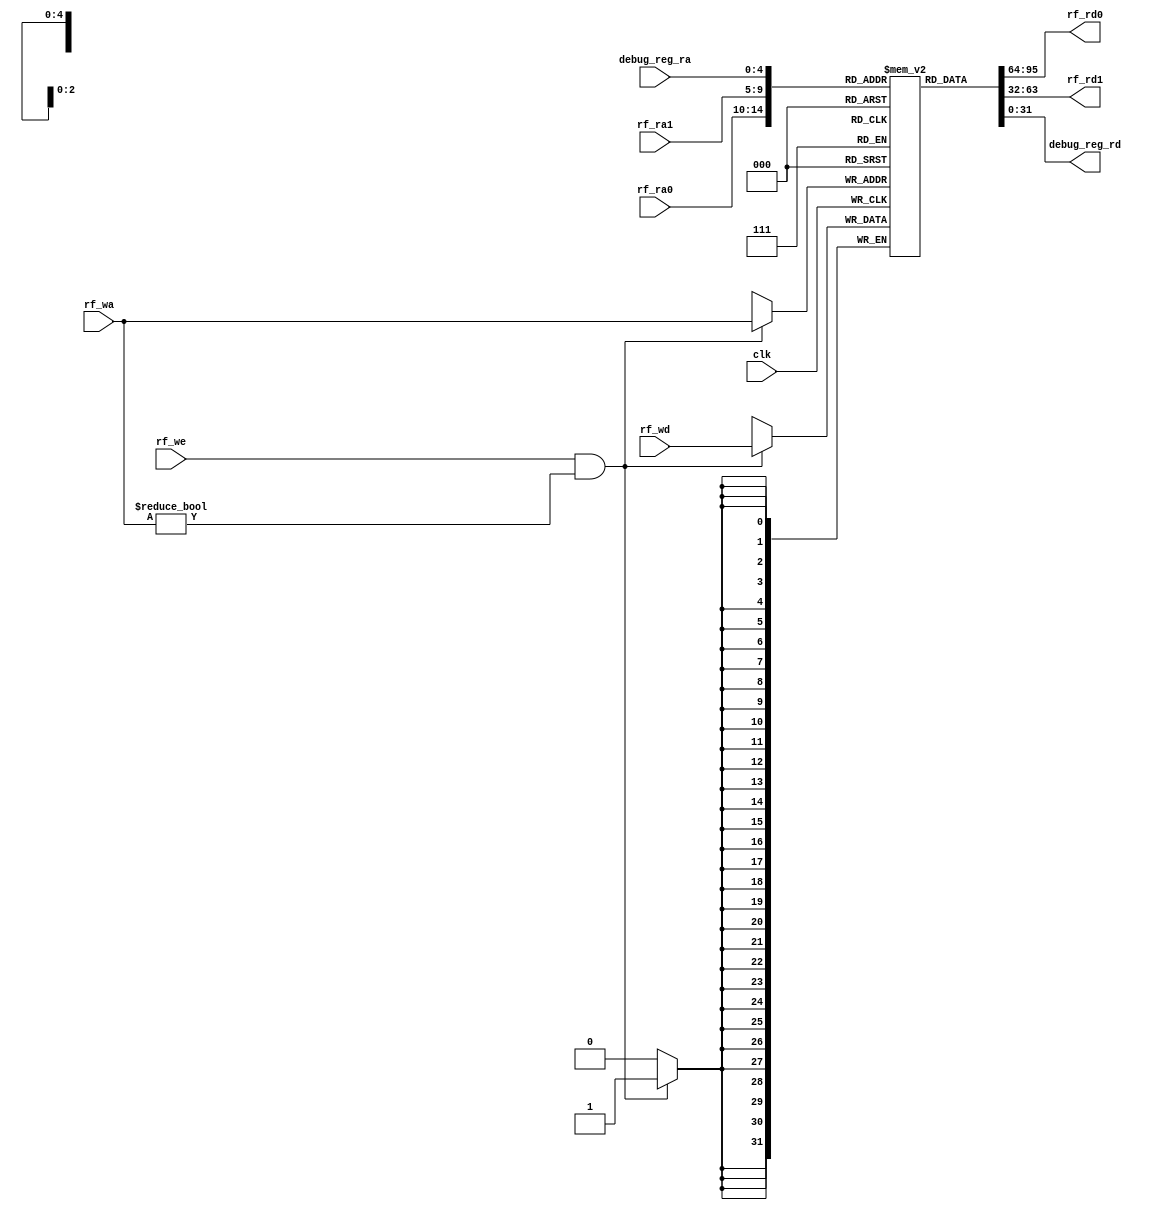
`timescale 1ns / 1ps
//////////////////////////////////////////////////////////////////////////////////
// Company:
// Engineer:
//
// Design Name:
// Module Name: RegFile
// Project Name:
// Target Devices:
// Tool Versions:
// Description:
//
// Dependencies:
//
// Revision:
// Revision 0.01 - File Created
// Additional Comments:
//
//////////////////////////////////////////////////////////////////////////////////


module RegFile #(parameter WIDTH = 32,
                 parameter DEPTH_B = 5,
                 parameter DEPTH = 32)
                (input [0 : 0] clk,
                 input [DEPTH_B - 1 : 0] rf_ra0,
                 input [DEPTH_B - 1 : 0] rf_ra1,
                 input [DEPTH_B - 1 : 0] rf_wa,
                 input [0 : 0] rf_we,
                 input [WIDTH - 1 : 0] rf_wd,
                 input [DEPTH_B - 1 : 0] debug_reg_ra,
                 output [WIDTH - 1 : 0] rf_rd0,
                 output [WIDTH - 1 : 0] rf_rd1,
                 output [WIDTH - 1 : 0] debug_reg_rd);
    
    reg [WIDTH - 1 : 0] reg_file [0 : DEPTH - 1];
    
    // 
    integer i;
    initial
    begin
        for (i = 0; i < DEPTH; i = i + 1)
            reg_file[i] = 0;
    end
    
    always @(posedge clk)
    begin
        if (rf_we&&rf_wa != 0)
        begin
            reg_file[rf_wa] <= rf_wd;
        end
    end
    
    assign rf_rd0       = reg_file[rf_ra0];
    assign rf_rd1       = reg_file[rf_ra1];
    assign debug_reg_rd = reg_file[debug_reg_ra];
    
endmodule